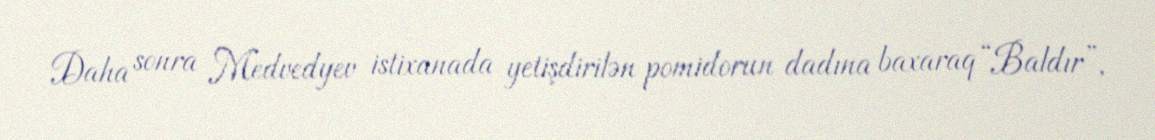
Daha sonra Medvedyev istixanada yetişdirilən pomidorun dadına baxaraq “Baldır”,